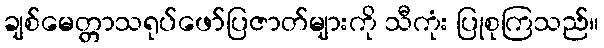
ချစ်မေတ္တာသရုပ်ဖော်ပြဇာတ်များကို သီကုံး ပြုစုကြသည်။